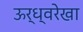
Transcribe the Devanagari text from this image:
ऊर्ध्वरेखा